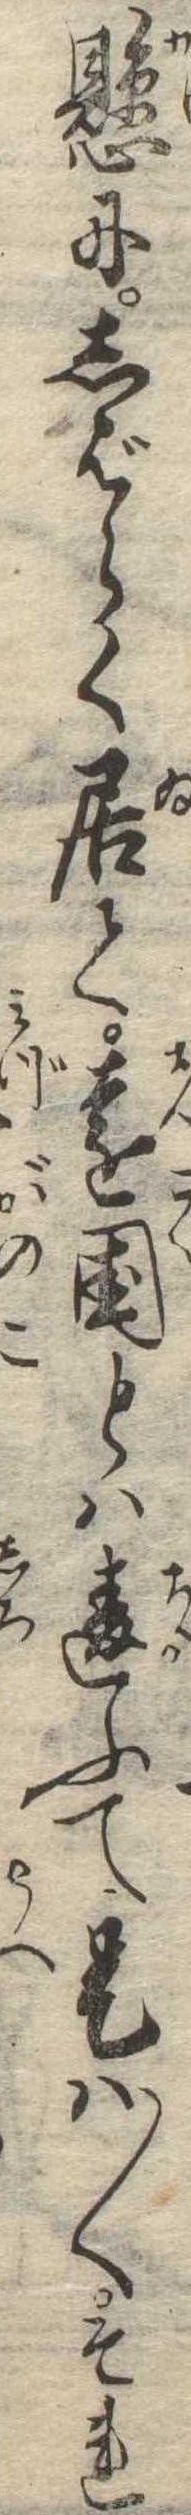
懸にしばらく居て遠国とは違ふて是は〱それ